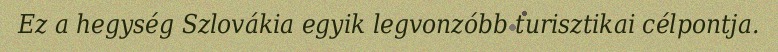
Ez a hegység Szlovákia egyik legvonzóbb turisztikai célpontja.